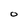
Character: O